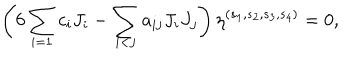
\left( 6 \sum _ { i = 1 } c _ { i } J _ { i } - \sum _ { i < j } a _ { i j } J _ { i } J _ { j } \right) \eta ^ { ( s _ { 1 } , s _ { 2 } , s _ { 3 } , s _ { 4 } ) } = 0 ,